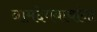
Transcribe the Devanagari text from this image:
नामदेवबाबांना